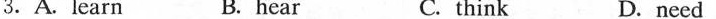
3.A.Learn B. hear C. think D.need